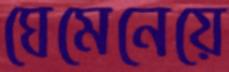
ঘেমেনেয়ে